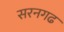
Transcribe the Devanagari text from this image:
सरनगढ